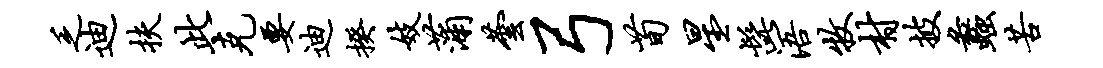
乏迪扶此克要迪揆妓蒲芸弓荀星髭浯牧村披蠡苦